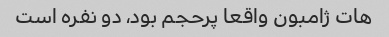
هات ژامبون واقعا پرحجم بود، دو نفره است